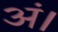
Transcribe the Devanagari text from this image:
अं।